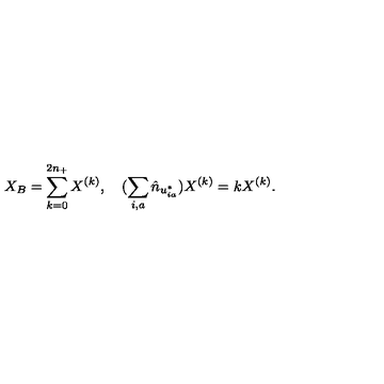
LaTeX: X _ { B } = \sum _ { k = 0 } ^ { 2 n _ { + } } X ^ { ( k ) } , \quad ( \sum _ { i , a } \hat { n } _ { u _ { i a } ^ { * } } ) X ^ { ( k ) } = k X ^ { ( k ) } .